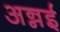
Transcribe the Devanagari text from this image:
अन्नई